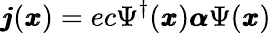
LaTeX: \pmb{j}(\pmb{x})=ec\Psi^{\dagger}(\pmb{x})\pmb{\alpha}\Psi(\pmb{x})